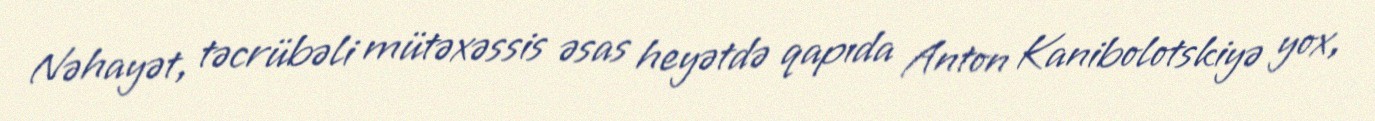
Nəhayət, təcrübəli mütəxəssis əsas heyətdə qapıda Anton Kanibolotskiyə yox,